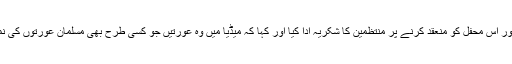
سب سے آخرمیں اردو فلک ڈاٹ نیٹ کی چیف ایڈیٹرشازیہ عندلیب نے گفتگو کی اور اس محفل کو منعقد کرنے پر منتظمین کا شکریہ ادا کیا اور کہا کہ میڈیا میں وہ عورتیں جو کسی طرح بھی مسلمان عورتوں کی نمائندگی نہیں کرتیں وہ می ٹو اور میری مرضی میرا جسم کے نعرے لگا رہی ہیں۔